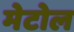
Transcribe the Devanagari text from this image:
मेटोल